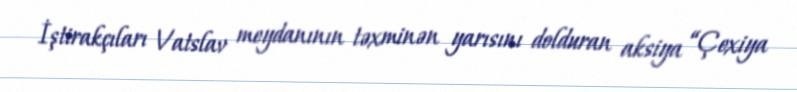
İştirakçıları Vatslav meydanının təxminən yarısını dolduran aksiya “Çexiya